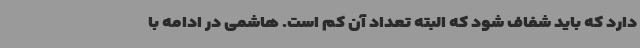
دارد که باید شفاف شود که البته تعداد آن کم است. هاشمی در ادامه با